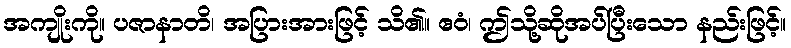
အကျိုးကို။ ပဇာနာတိ၊ အပြားအားဖြင့် သိ၏။ ဧဝံ၊ ဤသို့ဆိုအပ်ပြီးသော နည်းဖြင့်။